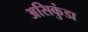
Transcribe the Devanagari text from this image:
असिकुंडा